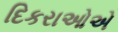
દિકરાઓએ